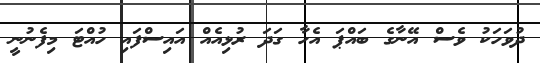
ދުވަހަކު ވެސް އޭނާގެ ބައްޕަ އެހާ ގަދަ ރުޅިއެއް އައިސްފައި ހުއްޓަ މިފެނުނީ